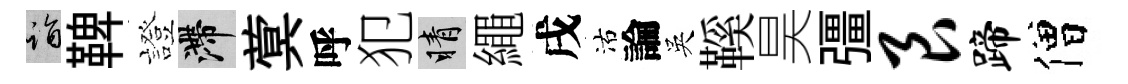
诣鞞證滯蓂呼犯睛繩戌沽論吳鞵昊彊艮蹄僧